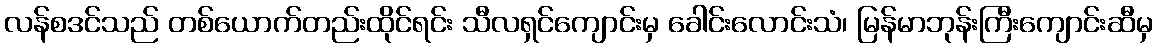
လန်စဒင်သည် တစ်ယောက်တည်းထိုင်ရင်း သီလရှင်ကျောင်းမှ ခေါင်းလောင်းသံ၊ မြန်မာဘုန်းကြီးကျောင်းဆီမှ